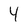
Character: 4